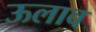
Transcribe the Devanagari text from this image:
ऊलाव